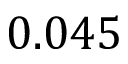
0 . 0 4 5